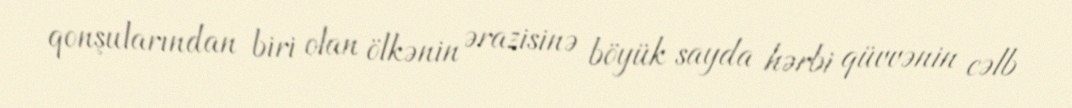
qonşularından biri olan ölkənin ərazisinə böyük sayda hərbi qüvvənin cəlb